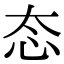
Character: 态